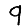
Digit: 9